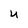
Character: U